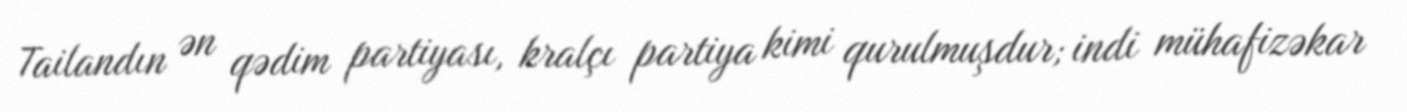
Tailandın ən qədim partiyası, kralçı partiya kimi qurulmuşdur; indi mühafizəkar